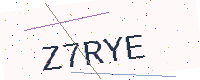
Text: Z7RYE